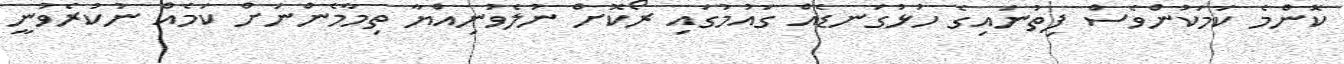
ކޮންމެ ކަމަކުންވެސް ފިތުނައިގެ ހުޅުގަނޑެއް ގައުމުގައި ރޯކޮށް ނުލެވުނިއްޔާ ތިމާމެންނަށް ކަމެއް ނުކުރެވުނީ